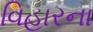
વિહારના